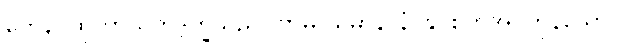
တေန၊ ထိုကာယိကဒုက္ခသည်။ ဗာဓိ ယမာနာနံ၊ နှိပ်စက်အပ်ကုန်သော။